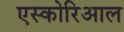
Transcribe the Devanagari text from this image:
एस्कोरिआल